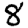
Digit: 8